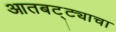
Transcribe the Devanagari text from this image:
आतबट्ट्याचा